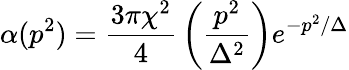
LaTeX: \alpha(p^{2})={\frac{3\pi\chi^{2}}{4}}\left({\frac{p^{2}}{\Delta^{2}}}\right)e^{-p^{2}/\Delta}